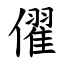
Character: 㒛